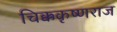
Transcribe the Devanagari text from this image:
चिक्ककृष्णराज